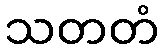
သတတံ